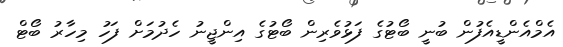
އެމްއެންޑީއެފުން ބުނީ ބޯޓުގެ ފަޅުވެރިން ބޯޓުގެ އިންޖީނު ހެދުމަށް ފަހު މިހާރު ބޯޓް